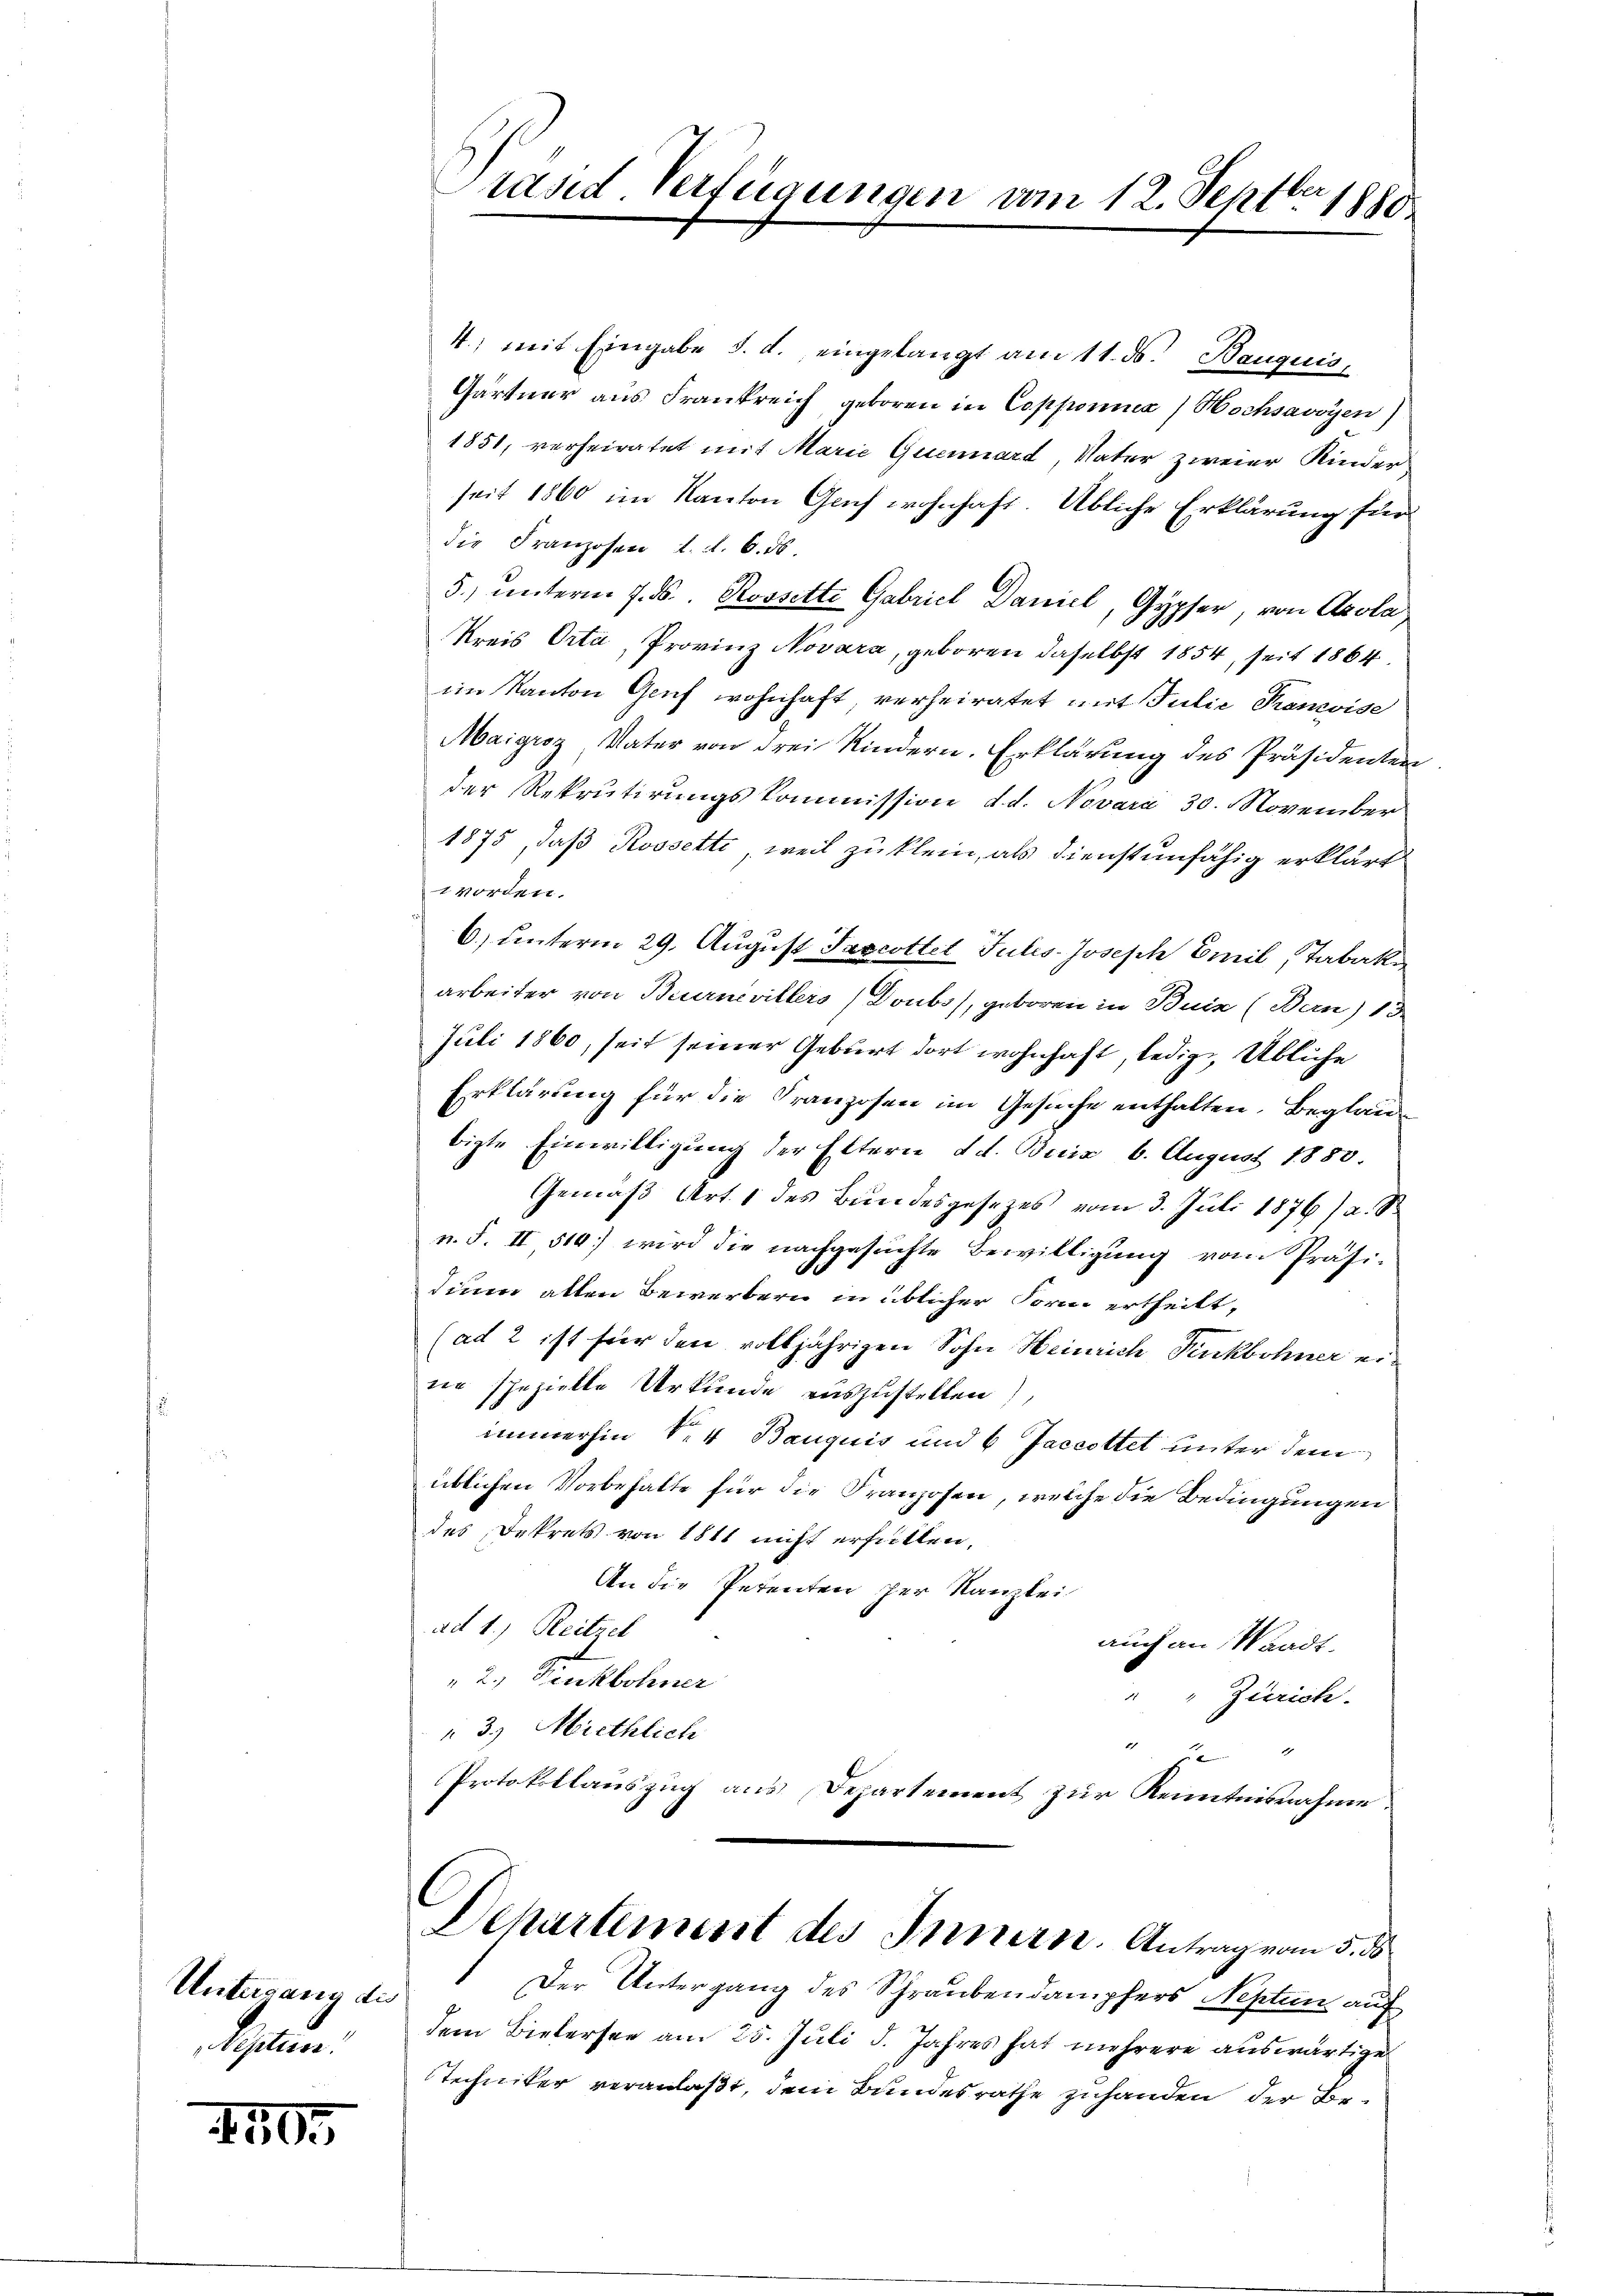
Untergang die
Septen.

4503

Präsid. Verfügungen vom 12. Septbr 1880.

4; mit Eingabe d. d. eingelangt am 11. ds. Banquis,
Gärtner aus Frankreich geboren in Copponina Hochsavoyen)
1851, verheiratet mit Marie Quernard, Vater zweier Kinder
seit 1860 im Kanton Gach wohnhaft. Übliche Erklärung für
die Franzosen d. d. 6. ds.
5.) unterm 7. ds. Rossette Gabriel Daniel, Gypfer, von Azola
Kreis Orta, Provinz Novara, geboren daselbst 1854, seit 1864
im Kanton Gruf wohnhaft, verheiratet mit Julie Kremoise
Maigroz, Vater von drei Kindern. Erklärung des Präsidenten
der Rekrutirungskommission d. d. Novara 30. November
1875, daß Rossetti, weil zu klein, als dienstunfähig erklärt
vorden.
6) unterm 29. August Tracottet Julis. Joseph Emil Tabaka
arbeiter von Beurnevillers (Doubs), geboren in Buiz (Bern) 13
Juli 1860, seit seiner Geburt dort wohnhaft, ledige Übliche
Erklärung für die Franzosen im Gesuche enthalten. Beglaubigte Einwilligung der Eltern d. d. Buiz 6. August 1850.
Gemäß Art. 1 des Bundesgesezes vom 3. Juli 1876/ a. S
n. F. II 514) wird die nachgesuchte Bewilligung vom Präsi-
dium allen Bewerbern in üblicher Form ertheilt,
(ad 2 ist für den volljährigen Sohn Heinrich Ruckbohner eitir spezielle Urkunde auszustellen),
immerhin S. 4 Banquis und 6 Jacottet unter dem
üblichen Vorbehalte für die Franzosen, welche die Bedingungen
des Dekrets von 1811 nicht erfüllen,
An die Petenten der Kanzlei
ad 1.) Reitret
auch an Waadt.
2. Pauckbohner
"" Zürich.
3.) Miethlich
2
Protokollauszug aus Departement zur Kenntnisnahme
Dchartement des Innern. Antrag vom 5. ds
Der Untergang des Schraubendampfers Nepten auf
dem Bietersee am 25. Juli d. Jahres hat mehrere auswärtige
Stechniker veranlaßt, dem Bundesrathe zuhanden der Be¬